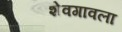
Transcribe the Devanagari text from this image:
शेवगावला